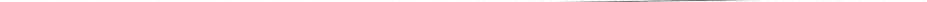
___